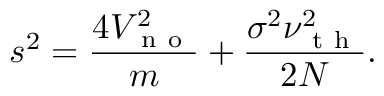
s ^ { 2 } = \frac { 4 V _ { \mathrm { ~ n ~ o ~ } } ^ { 2 } } { m } + \frac { \sigma ^ { 2 } \nu _ { \mathrm { ~ t ~ h ~ } } ^ { 2 } } { 2 N } .